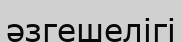
әзгешелігі